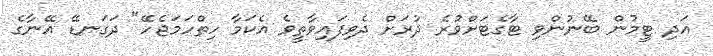
އަދި ޓީމުން ބޭނުންވި ޓާގެޓަށްވުރެ ދުރަށް ދެވިފައިވާތީވެ އެކަމާ ހިތްހަމަޖެހޭ" ދަގަނޑޭ އޭނާގެ